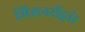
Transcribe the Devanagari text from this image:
मिशनरींद्वारे